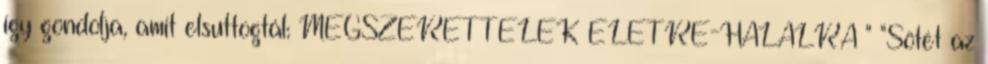
így gondolja, amit elsuttogtál: MEGSZERETTELEK ÉLETRE-HALÁLRA " "Sötét az